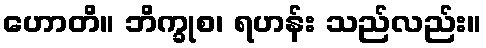
ဟောတိ။ ဘိက္ခုစ၊ ရဟန်း သည်လည်း။